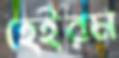
হেইরম